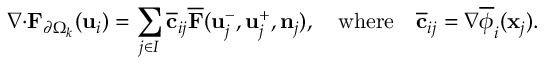
\boldsymbol { \nabla } { \cdot } { \mathbf { F } } _ { \partial \Omega _ { k } } ( \mathbf { u } _ { i } ) = \sum _ { j \in I } \overline { { \mathbf { c } } } _ { i j } \overline { { \mathbf { F } } } ( \mathbf { u } _ { j } ^ { - } , \mathbf { u } _ { j } ^ { + } , \mathbf { n } _ { j } ) , \quad \mathrm { w h e r e } \quad \overline { { \mathbf { c } } } _ { i j } = \nabla \overline { { \phi } } _ { i } ( \mathbf { x } _ { j } ) .